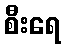
စီးရေ